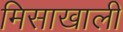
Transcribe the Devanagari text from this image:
मिसाखाली